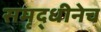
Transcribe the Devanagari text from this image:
समृद्धीनेच